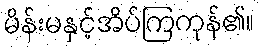
မိန်းမနှင့်အိပ်ကြကုန်၏။